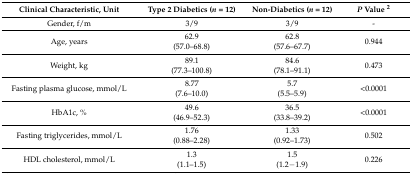
<table><thead><tr><td><b>Clinical Characteristic, Unit</b></td><td><b>Type 2 Diabetics (<i>n</i> = 12)</b></td><td><b>Non-Diabetics (<i>n</i> = 12)</b></td><td><b><i>P</i> Value <sup>2</sup></b></td></tr></thead><tbody><tr><td>Gender, f/m</td><td>3/9</td><td>3/9</td><td>-</td></tr><tr><td>Age, years</td><td>62.9(57.0–68.8)</td><td>62.8(57.6–67.7)</td><td>0.944</td></tr><tr><td>Weight, kg</td><td>89.1(77.3–100.8)</td><td>84.6(78.1–91.1)</td><td>0.473</td></tr><tr><td>Fasting plasma glucose, mmol/L</td><td>8.77(7.6–10.0)</td><td>5.7(5.5–5.9)</td><td>&lt;0.0001</td></tr><tr><td>HbA1c, %</td><td>49.6(46.9–52.3)</td><td>36.5(33.8–39.2)</td><td>&lt;0.0001</td></tr><tr><td>Fasting triglycerides, mmol/L</td><td>1.76(0.88–2.28)</td><td>1.33(0.92–1.73)</td><td>0.502</td></tr><tr><td>HDL cholesterol, mmol/L</td><td>1.3(1.1–1.5)</td><td>1.5(1.2−1.9)</td><td>0.226</td></tr></tbody></table>